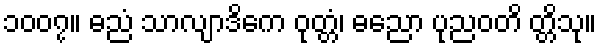
၁၀၀၇။ ဓညံ သာလျာဒိကေ ဝုတ္တံ၊ ဓညော ပုညဝတိ တ္တိသု။